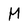
Character: M